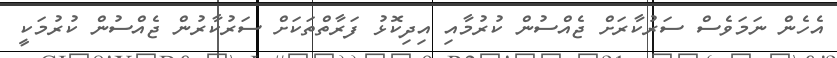
އެހެން ނަމަވެސް ސަރުކާރަށް ޖެއްސުން ކުރުމާއި އިދިކޮޅު ފަރާތްތަކަށް ސަރުކާރުން ޖެއްސުން ކުރުމަކީ